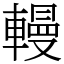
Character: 䡬